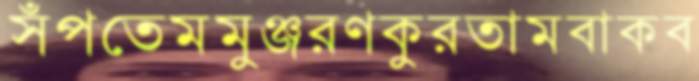
সঁপতেমমুঞ্জরণকুরতামবাকব